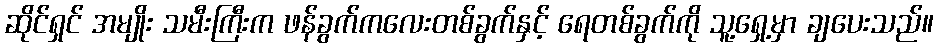
ဆိုင်ရှင် အမျိုး သမီးကြီးက ဖန်ခွက်ကလေးတစ်ခွက်နှင့် ရေတစ်ခွက်ကို သူ့ရှေ့မှာ ချပေးသည်။